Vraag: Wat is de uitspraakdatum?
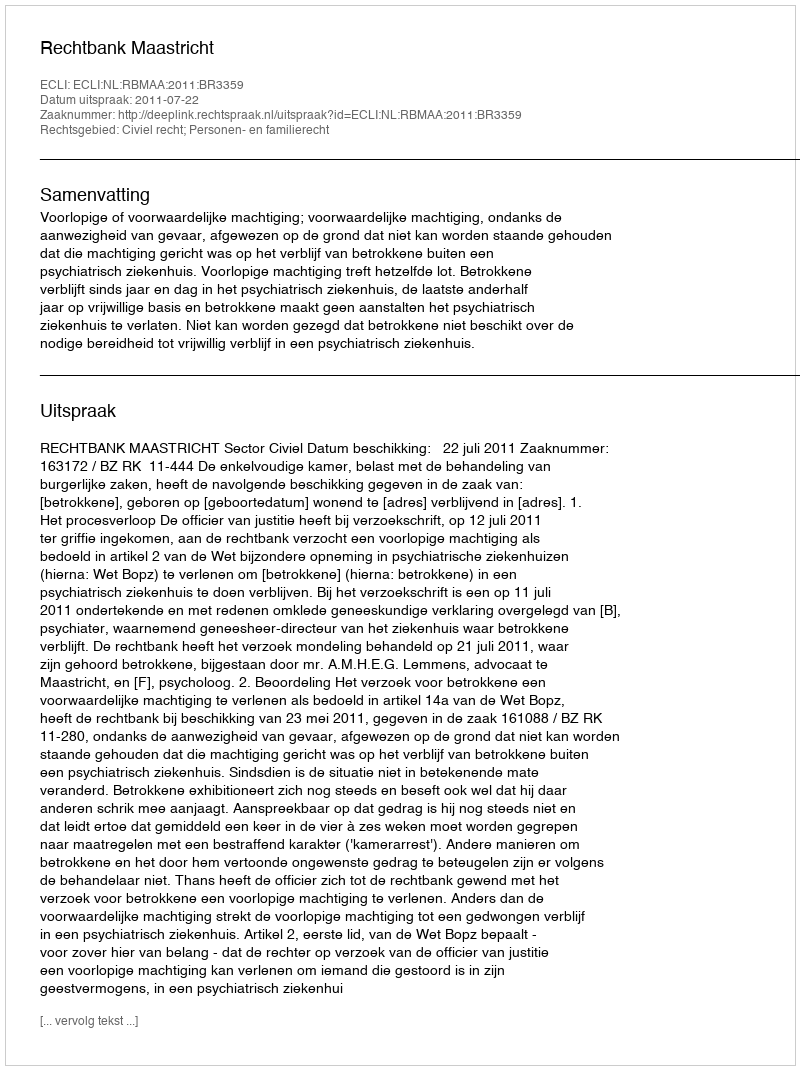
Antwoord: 2011-07-22